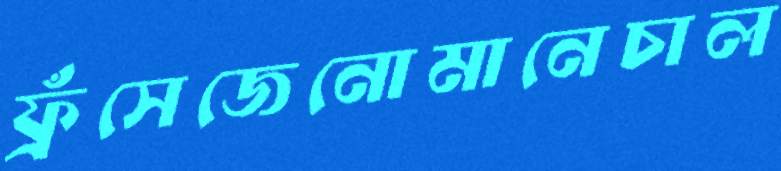
ফ্রঁসেজেনোমানেচাল